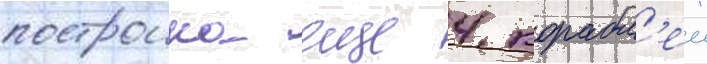
построика еще 4 корабл'еи